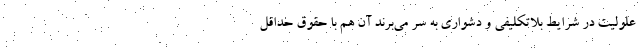
علولیت در شرایط بلاتکلیفی و دشواری به سر می‌برند آن هم با حقوق حداقل